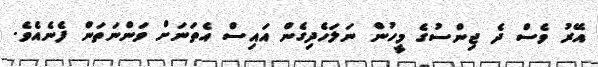
އޭރު ވެސް ދެ ޖިންސުގެ މީހުން ނަލަހެދިގެން އައިސް އެތަނަށް ވަންނަތަން ފެނެއެވެ.